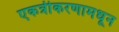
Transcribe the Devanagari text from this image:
एकत्रीकरणामधून